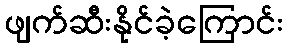
ဖျက်ဆီးနိုင်ခဲ့ကြောင်း